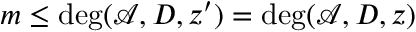
m \le \deg ( \mathcal { A } , D , z ^ { \prime } ) = \deg ( \mathcal { A } , D , z )